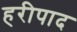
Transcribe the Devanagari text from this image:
हरीपाद